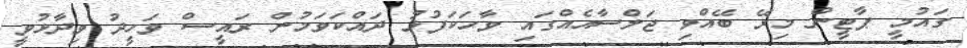
ގައުމީ ޕާޓީން މިރޭ ބޭއްވި ޖަލްސާއެއްގައި ވާހަކަފުޅު ދައްކަވަމުން ރައީސް ވަހީދު ވިދާޅުވީ